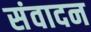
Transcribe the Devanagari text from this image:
संवादन